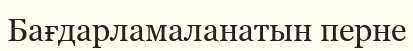
Бағдарламаланатын перне